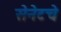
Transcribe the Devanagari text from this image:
सेनेटचे